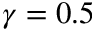
\gamma = 0 . 5